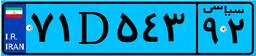
۷۰D۷۵۵۶۵